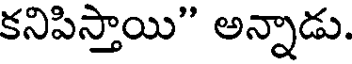
కనిపిస్తాయి" అన్నాడు.